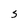
Character: S